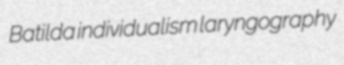
Batilda individualism laryngography